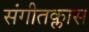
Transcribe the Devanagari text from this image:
संगीतक्लास